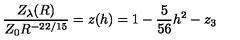
\frac { Z _ { \lambda } ( R ) } { Z _ { 0 } R ^ { - 2 2 / 1 5 } } = z ( h ) = 1 - \frac 5 { 5 6 } h ^ { 2 } - z _ { 3 }